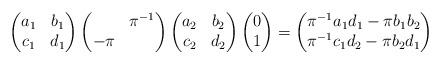
LaTeX: \begin{align*}\begin{pmatrix}a_1 & b_1 \\c_1 & d_1\end{pmatrix}\begin{pmatrix} & \pi^{-1} \\-\pi &\end{pmatrix}\begin{pmatrix}a_2 & b_2 \\c_2 & d_2\end{pmatrix}\begin{pmatrix}0 \\1\end{pmatrix}=\begin{pmatrix}\pi^{-1}a_1d_1-\pi b_1b_2 \\\pi^{-1}c_1d_2-\pi b_2d_1\end{pmatrix}\end{align*}